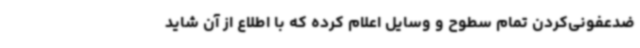
ضدعفونی‌کردن تمام سطوح و وسایل اعلام کرده که با اطلاع از آن شاید